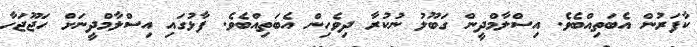
ކާފަރުން އެބަތިއްބެވެ. އިސްލާމްދީން ގަބޫލު ނުކުރާ ދިވެހިން އެބަތިއްބެވެ. ފާޅުގައި އިސްލާމްދީނަށް ހަޖޫޖަހާ